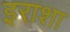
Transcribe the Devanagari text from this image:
इराशा